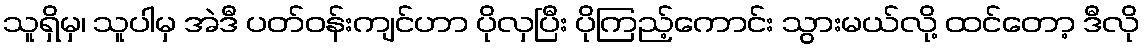
သူရှိမှ၊ သူပါမှ အဲဒီ ပတ်ဝန်းကျင်ဟာ ပိုလှပြီး ပိုကြည့်ကောင်း သွားမယ်လို့ ထင်တော့ ဒီလို